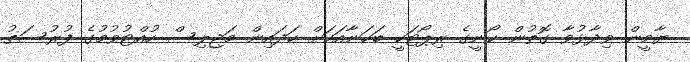
ޔާމީން ވިދާޅުވާ ގޮތުން ކޯނީގެ ރިޕޯޓަކީ ބަހަނާއަކަށް ހަދައިން މަޖިލިސް ހުއްޓުވުމުގެ ފުރުސަތު